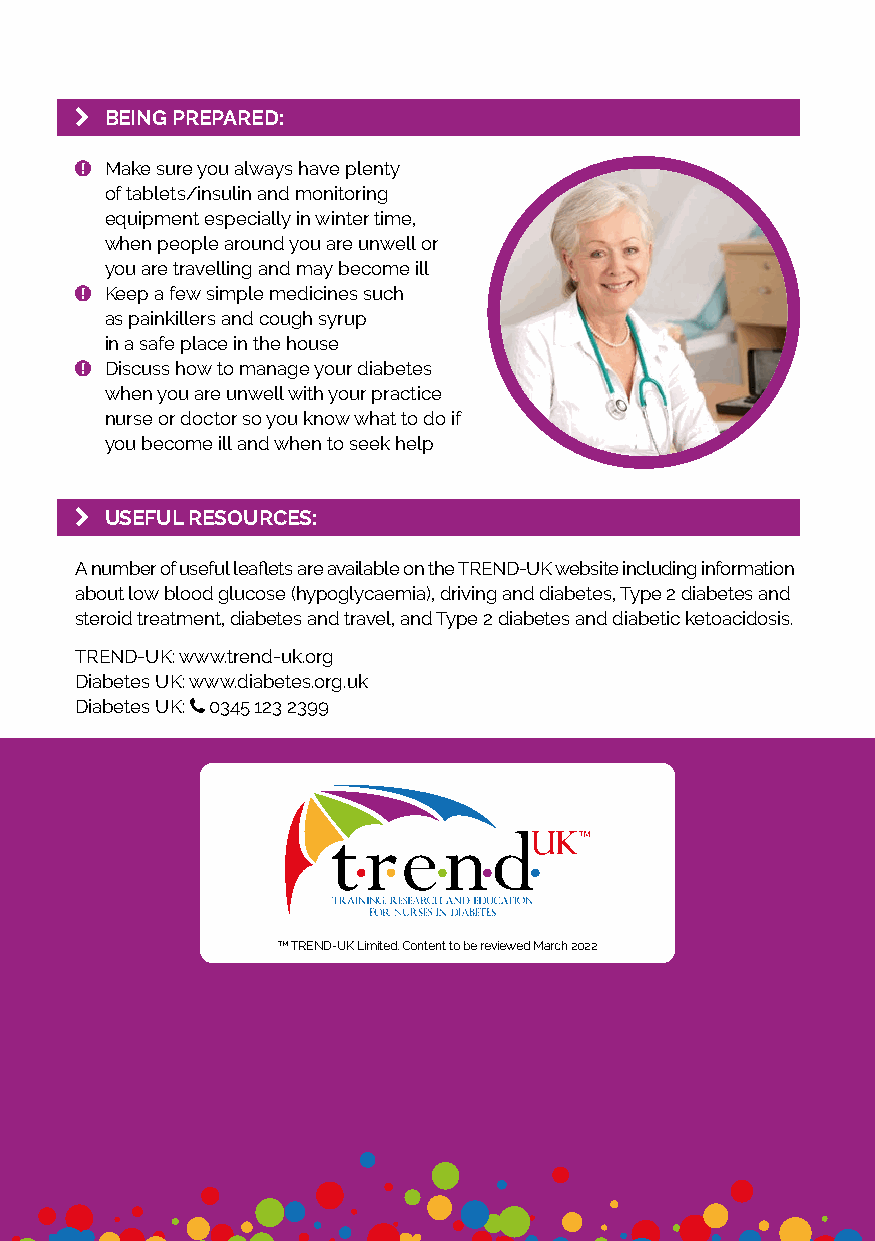
k BEING PREPARED:
  Make sure you always have plenty
 of tablets/insulin and monitoring
 equipment especially in winter time,
 when people around you are unwell or
 you are travelling and may become ill
  Keep a few simple medicines such
 as painkillers and cough syrup
 in a safe place in the house
  Discuss how to manage your diabetes
 when you are unwell with your practice
 nurse or doctor so you know what to do if
 you become ill and when to seek help
 k USEFUL RESOURCES:
 A number of useful leaflets are available on the TREND-UK website including information
 about low blood glucose (hypoglycaemia), driving and diabetes, Type 2 diabetes and
 steroid treatment, diabetes and travel, and Type 2 diabetes and diabetic ketoacidosis.
 TREND-UK: www.trend-uk.org
 Diabetes UK: www.diabetes.org.uk
 Diabetes UK:  0345 123 2399
 TM TREND-UK Limited. Content to be reviewed March 2022